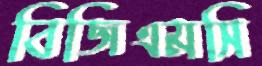
বিজিএমসি